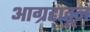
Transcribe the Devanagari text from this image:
आग्रहातून